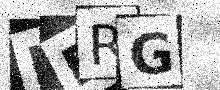
Text: KERG